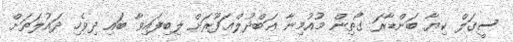
ސީގަލް ކިޔާ ބަންޑާރަ ގޯތިން މުއުމިނާ ޢަބްދުލްޣަފޫރަށް ލިބިފައިވާ ބައި ދިވެހި ދައުލަތަށް